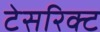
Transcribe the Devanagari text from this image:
टेसरिक्ट